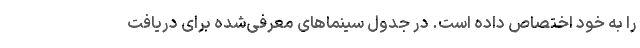
را به خود اختصاص داده است. در جدول سینماهای معرفی‌شده برای دریافت